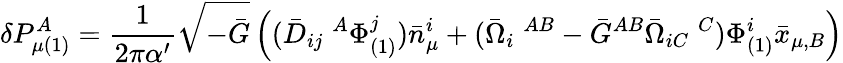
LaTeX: \delta P_{\mu(1)}^{A}=\frac{1}{2\pi\alpha^{\prime}}\sqrt{-\bar{G}}\left((\bar{D}_{ij}\; ^{A}\Phi_{(1)}^{j})\bar{n}_{\mu}^{i}+(\bar{\Omega}_{i}\; ^{AB}-\bar{G}^{AB}\bar{\Omega}_{iC}\; ^{C})\Phi_{(1)}^{i}\bar{x}_{\mu,B}\right)